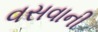
વસવાની